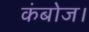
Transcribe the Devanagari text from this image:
कंबोज।